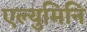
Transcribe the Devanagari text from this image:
एल्युमिनि